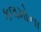
કલમોના